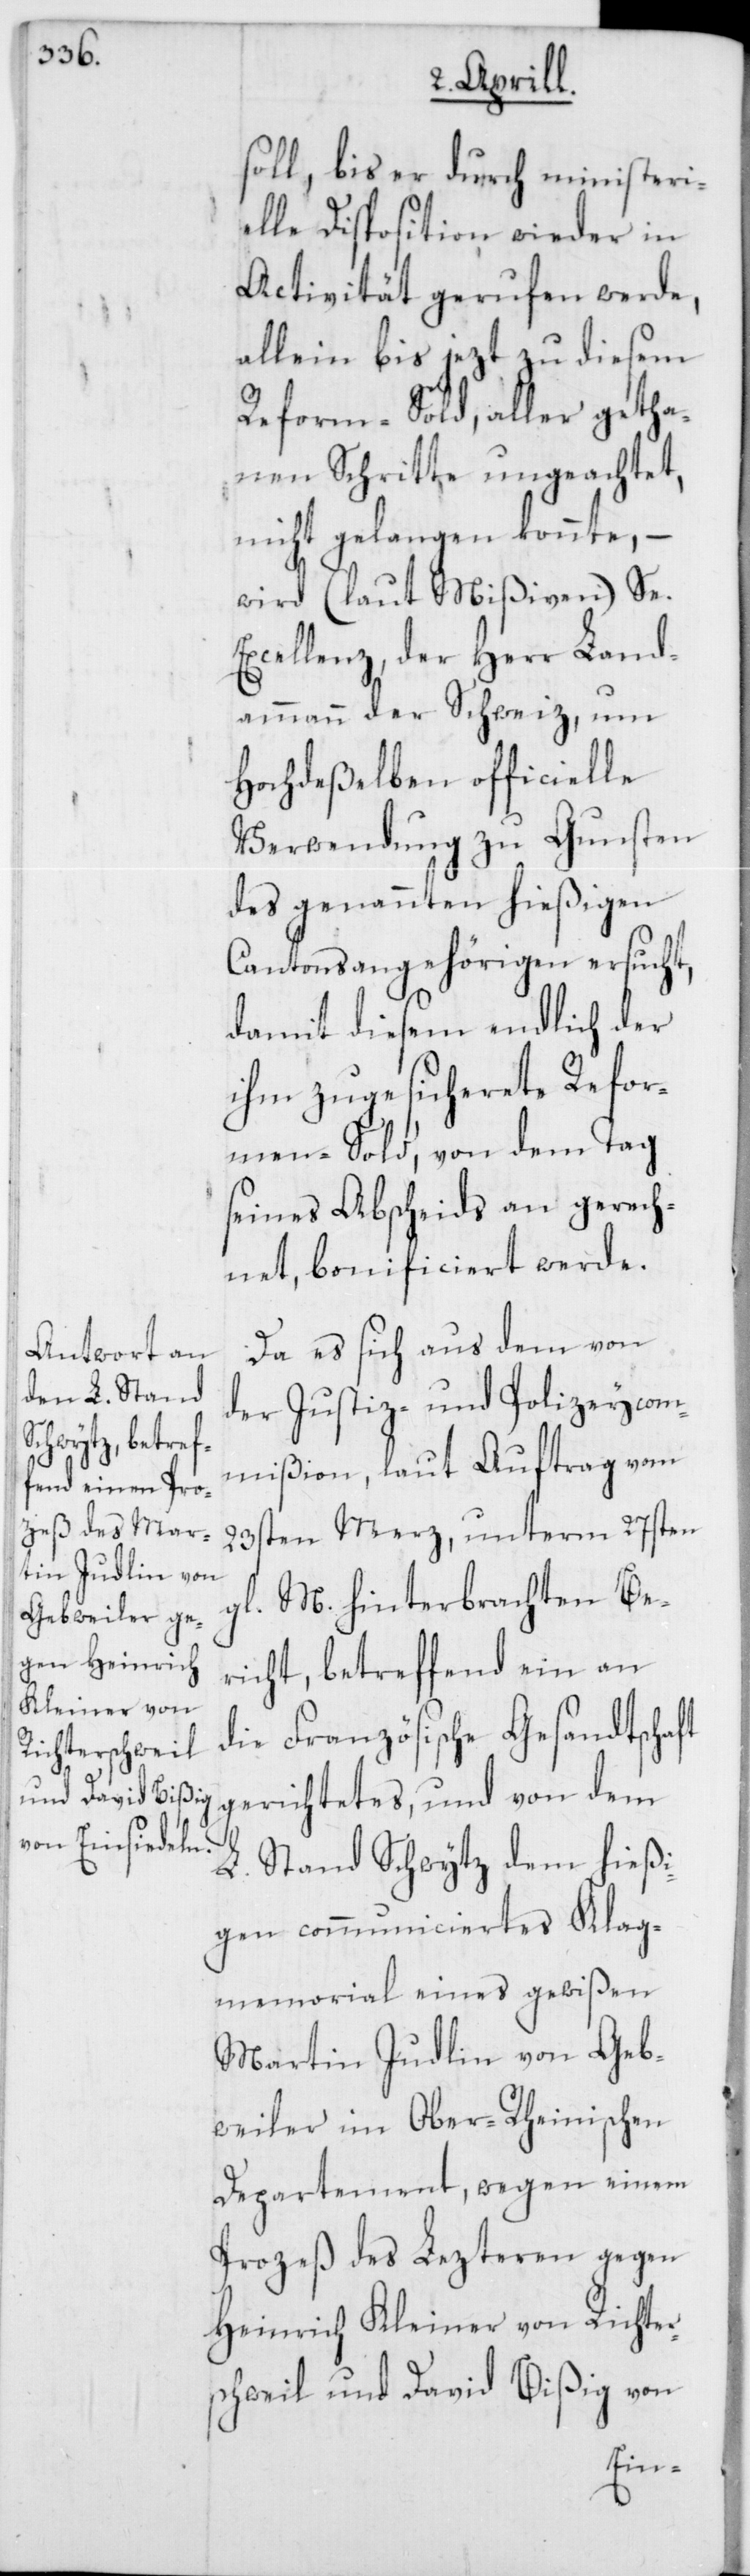
soll, bis er durch ministeri¬
elle Disposition wieder in
Activität gerufen werde,
allein bis jezt zu diesem
Reform-Sold, aller getha¬
nen Schritte ungeachtet,
nicht gelangen konnte, –
wird (laut Mißiven) Se.
Excellenz, der Herr Land¬
ammann der Schweiz, um
Hochdeßelben officielle
Verwendung zu Gunsten
des genannten hießigen
Cantonsangehörigen ersucht,
damit diesem endlich der
ihm zugesicherete Refor¬
men-Sold, von dem Tag
seines Abscheids an gerech¬
net, bonificiert werde.
Da es sich aus dem von
der Justiz- und Polizeycom¬
mißion, laut Auftrag vom
23sten Merz, unterm 27sten
gl. M. hinterbrachten Be¬
richt, betreffend ein an
die Französische Gesandtschaft
gerichtetes, und von dem
L. Stand Schwytz dem hießi¬
gen communiciertes Klag¬
memorial eines gewißen
Martin Judlin von Geb¬
weiler im Ober-Rheinischen
Departement, wegen einem
Prozeß des Lezteren gegen
Heinrich Kleiner von Richter¬
schweil und David Bißig von